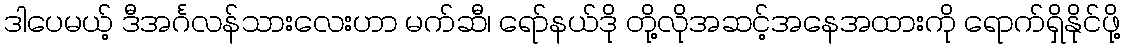
ဒါပေမယ့် ဒီအင်္ဂလန်သားလေးဟာ မက်ဆီ၊ ရော်နယ်ဒို တို့လိုအဆင့်အနေအထားကို ရောက်ရှိနိုင်ဖို့